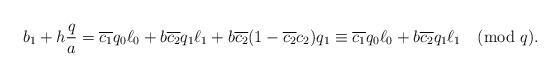
LaTeX: \begin{align*}b_1+h\frac{q}{a} =\overline{c_1} q_0\ell_0 + b\overline{c_2} q_1\ell_1+b\overline{c_2} (1-\overline{c_2}c_2) q_1\equiv \overline{c_1} q_0\ell_0 + b\overline{c_2} q_1\ell_1\pmod{q}. \end{align*}